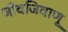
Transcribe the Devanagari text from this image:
जीवजिवाणू